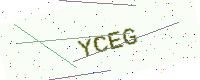
Text: YCEG